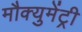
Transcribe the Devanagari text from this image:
मौक्युमेंट्री